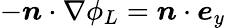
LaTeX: -\boldsymbol{n}\cdot\nabla\phi_{L}=\boldsymbol{n}\cdot\boldsymbol{e}_{y}